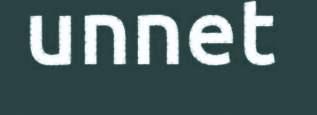
unnet